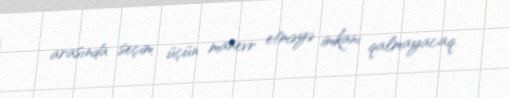
arasında seçim üçün manevr etməyə imkanı qalmayacaq.